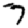
Digit: 7